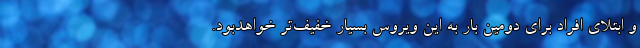
و ابتلای افراد برای دومین بار به این ویروس بسیار خفیف‌تر خواهدبود.